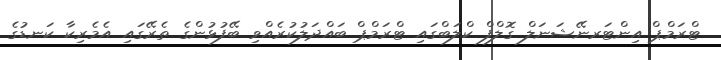
ޓްރަމްޕް އިންޓަރނޭޝަނަލް ގޮލްފް ކްލަބްގައި ޓްރަމްޕް ބައްދަލުކުރެއްވި ބޭފުޅުންގެ ތެރޭގައި އެމެރިކާ ކަނޑުގެ